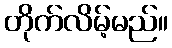
တိုက်လိမ့်မည်။